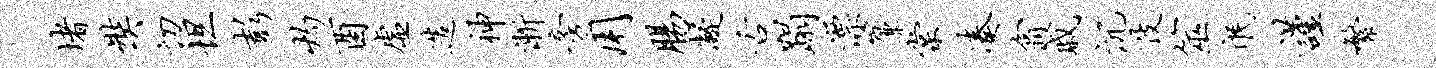
堵奘切坦彭灼酉虚造神渐旁用肠凝舌蹋漂帘棠凑翕戚沉伎筮氓谨繁